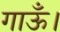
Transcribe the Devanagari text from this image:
गाऊँ।